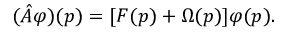
( \hat { A } \varphi ) ( p ) = [ F ( p ) + \Omega ( p ) ] \varphi ( p ) .